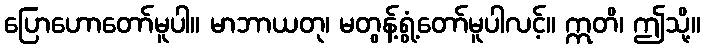
ပြောဟောတော်မူပါ။ မာဘာယတု၊ မတွန့်ရွံ့တော်မူပါလင့်။ ဣတိ၊ ဤသို့။